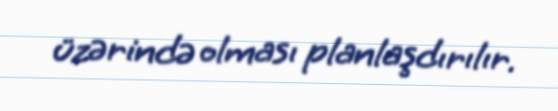
üzərində olması planlaşdırılır.